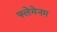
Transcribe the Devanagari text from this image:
फ्लेमेनम